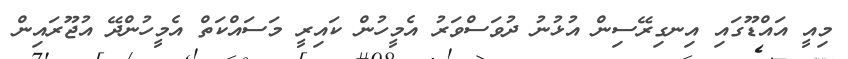
މިއީ އައްޑޫގައި އިނގިރޭސިން އުޅުނު ދުވަސްވަރު އެމީހުން ކައިރީ މަސައްކަތް އެމީހުންދޭ އުޖޫރައިން